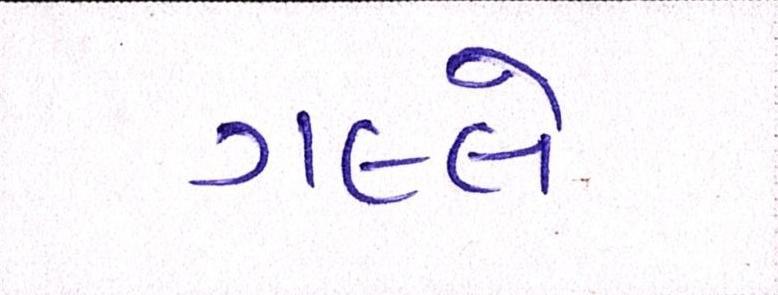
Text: ગલ્લે